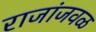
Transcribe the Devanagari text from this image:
राजांजवळ